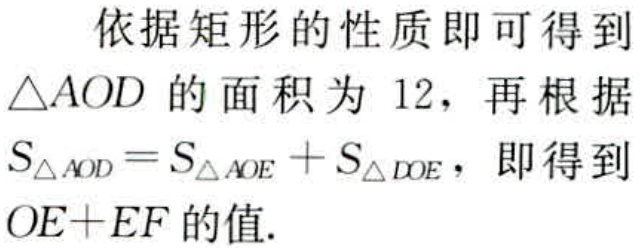
依据矩形的性质即可得到

$\triangle AOD$的面积为$12$，再根据

$S_{\triangle AOD}=S_{\triangle AOE}+S_{\triangle DOE}$，即得到

$OE + EF$的值.